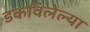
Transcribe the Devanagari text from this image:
डकविलेल्या